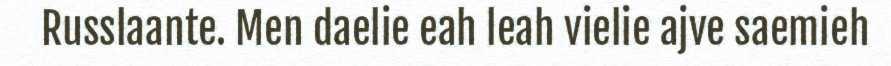
Russlaante. Men daelie eah leah vielie ajve saemieh